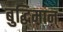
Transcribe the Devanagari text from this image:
बुद्धिमान्‌